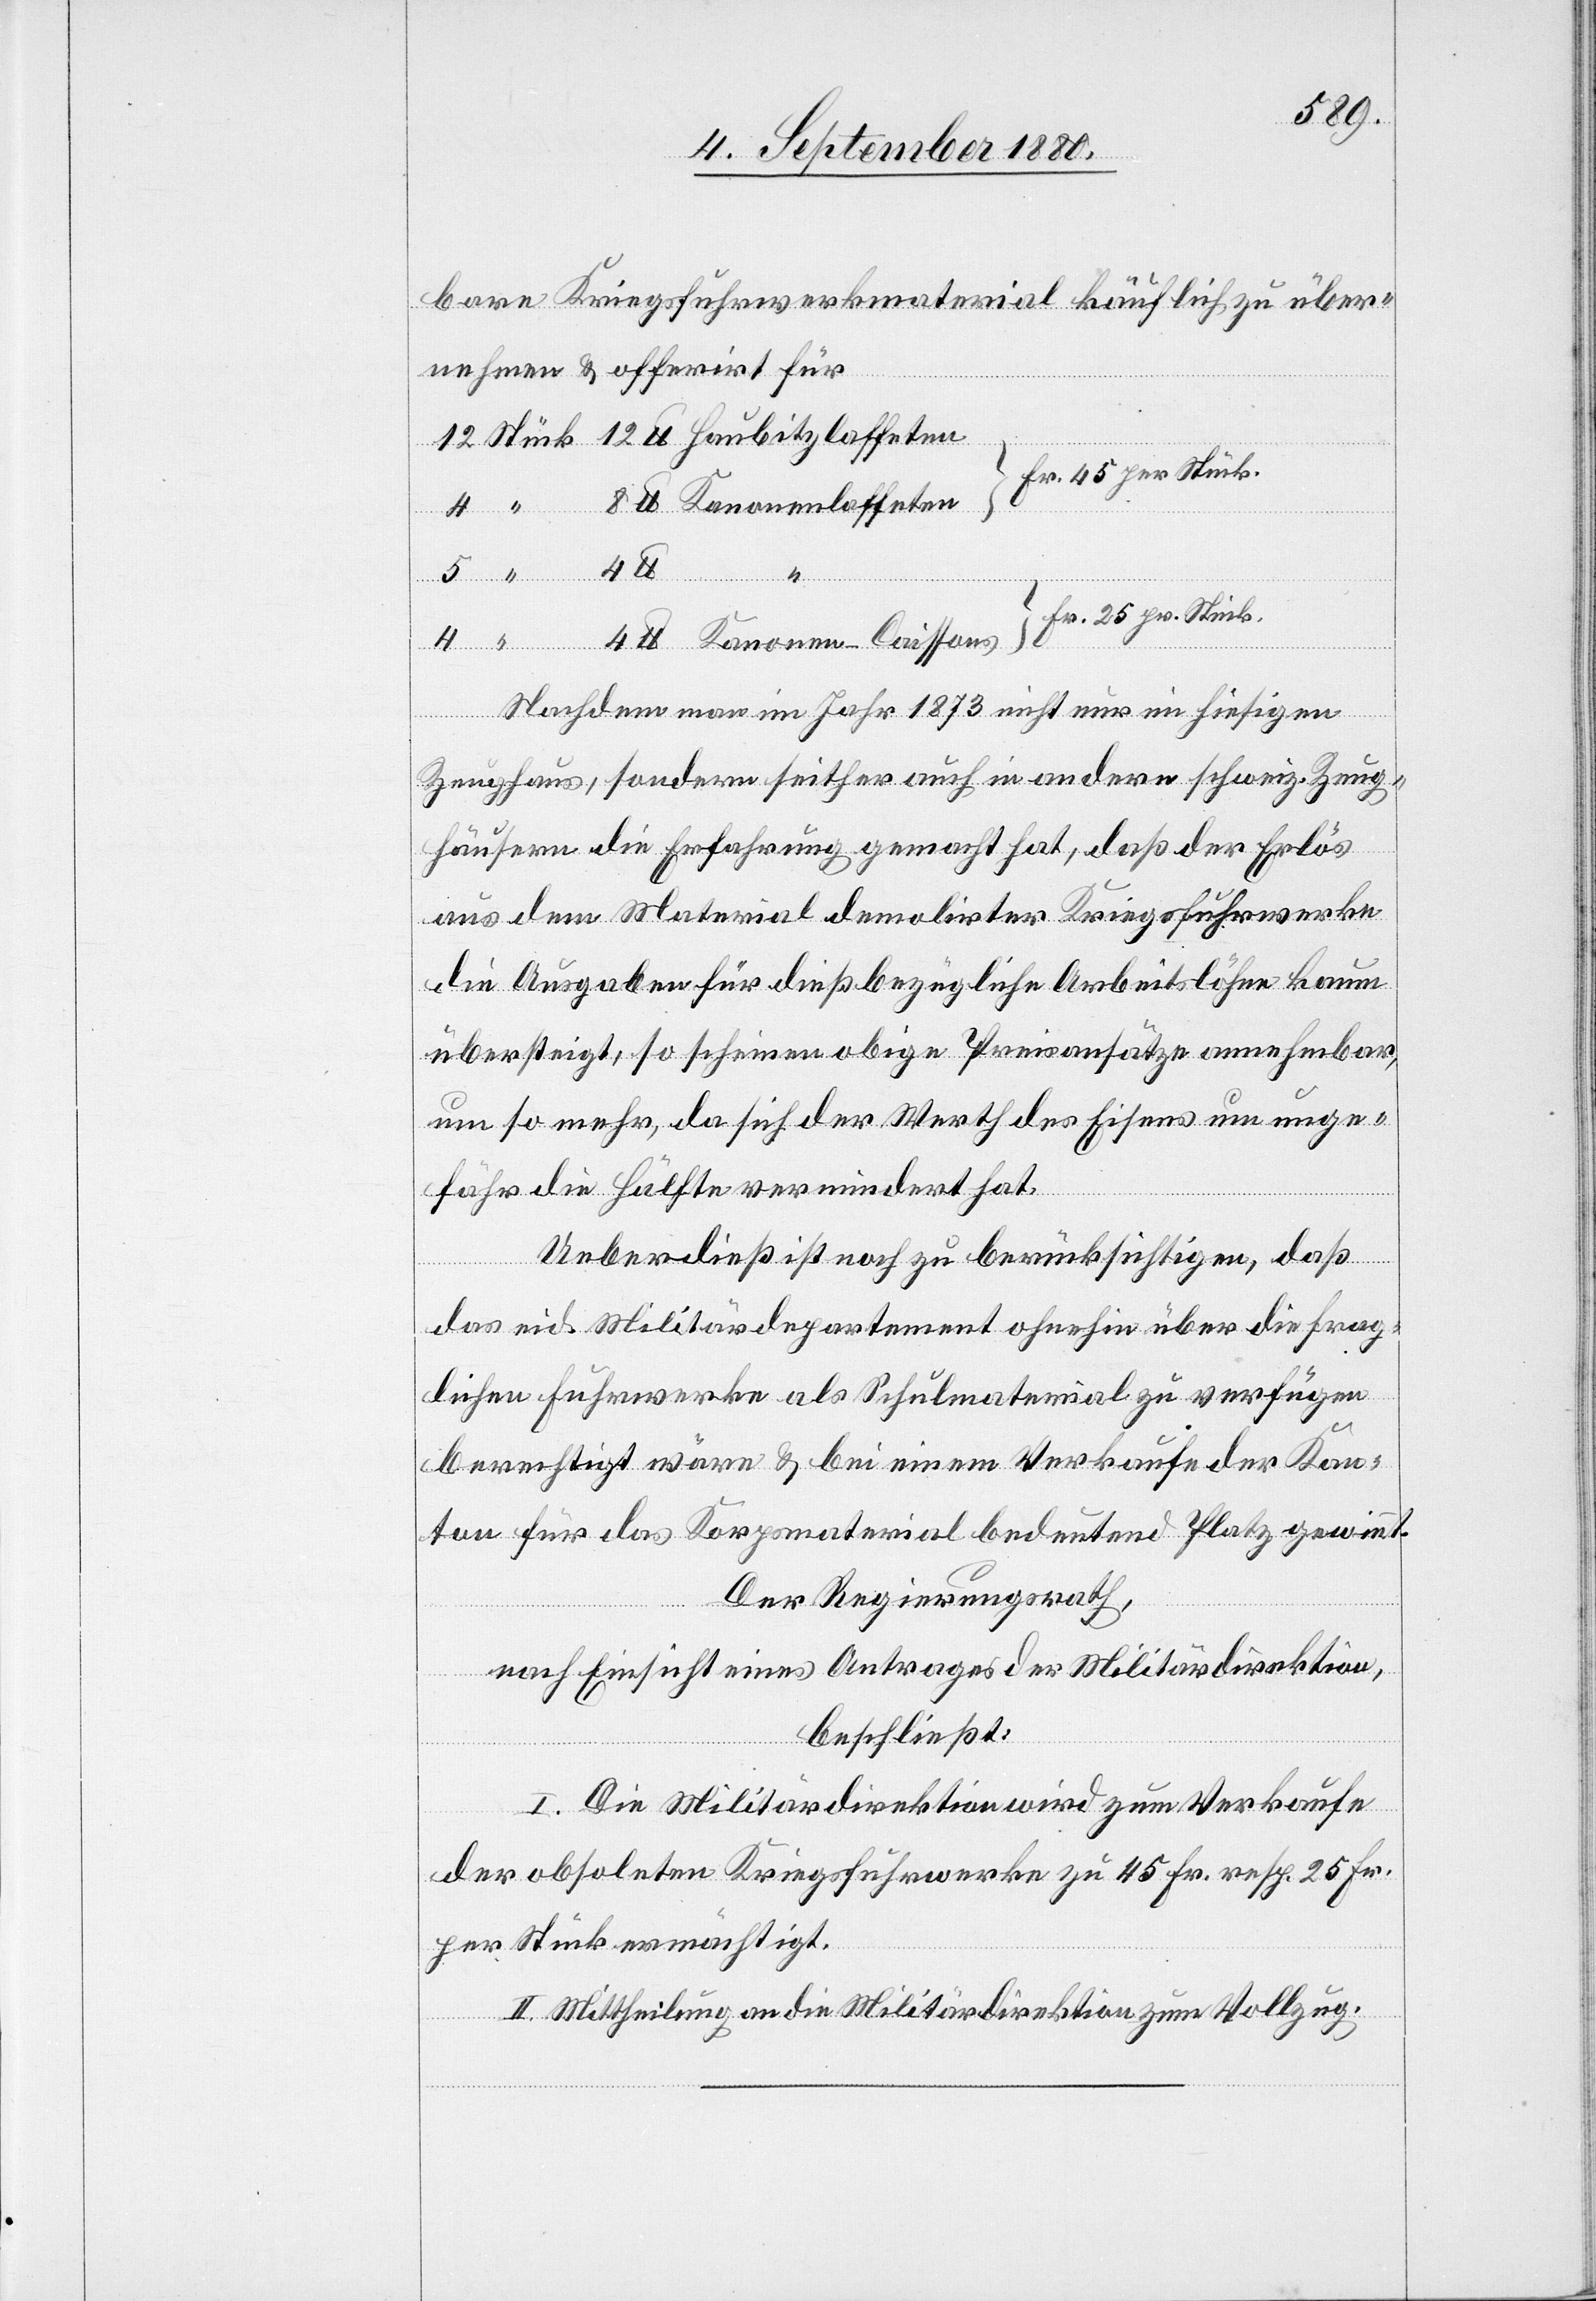
bare Kriegsfuhrwerkmaterial käuflich zu über¬
nehmen & offerirt für
Fr. 25 per Stück.
feten
Nachdem man im Jahr 1873 nicht nur im hiesigen
Zeughaus, sondern seither auch in andere schweiz. Zeug¬
häusern die Erfahrung gemacht hat, daß der Erlös
aus dem Material demolirter Kriegsfuhrwerke
die Ausgaben für dießbezügliche Arbeitslöhne kaum
übersteigt, so scheinen obige Preisansätze annehmbar,
um so mehr, da sich der Werth des Essens um unge¬
fähr die Hälfte vermindert hat.
Ueberdieß ist noch zu berücksichtigen, daß
das eid. Militärdepartement ohnehin über die frag¬
lichen Fuhrwerke als Schulmaterial zu verfügen
berechtigt wäre & bei einem Verkaufe der Kan¬
ton für das Korpsmaterial bedeutend Platz gewinnt.
Der Regierungsrath,
nach Einsicht eines Antrages der Militärdirektion,
beschließt:
I. Die Militärdirektion wird zum Verkaufe
der obsoleten Kriegsfuhrwerke zu 45 Fr. resp. 25 Fr.
per Stück ermächtigt.
II. Mittheilung an die Militärdirektion zum Vollzug.